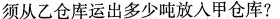
须从乙仓库运出多少吨放入甲仓库?